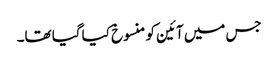
جس میں آئین کو منسوخ کیا گیا تھا۔